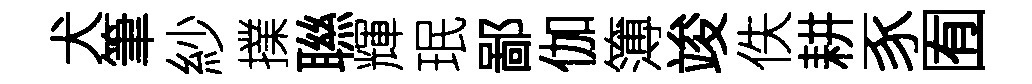
犬筆紗擈聮輝珉鄙伽簿竣佚耕豕囿